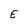
Character: E